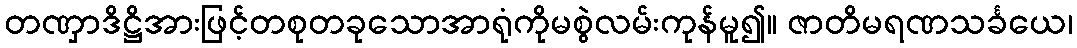
တဏှာဒိဋ္ဌိအားဖြင့်တစုတခုသောအာရုံကိုမစွဲလမ်းကုန်မူ၍။ ဇာတိမရဏသင်္ခယေ၊